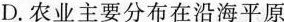
D.农业主要分布在沿海平原